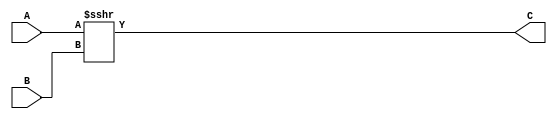
`timescale 1ns/10ps
module shiftRightArithmetic(A, B, C);
input [31:0] A, B;
output reg [31:0] C;
always@(A or B)
	begin
	
	C = A >>> B; //Lock signed bit, shift the rest.
	end
endmodule